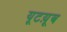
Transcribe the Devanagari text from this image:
यूटय़ूब